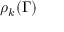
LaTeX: \rho _ { k } ( \Gamma )